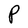
Character: P